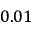
0 . 0 1